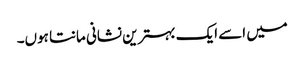
میں اسے ایک بہترین نشانی مانتا ہوں۔